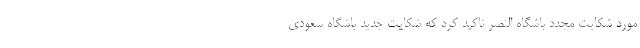
مورد شکایت مجدد باشگاه النصر تاکید کرد که شکایت جدید باشگاه سعودی